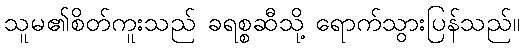
သူမ၏စိတ်ကူးသည် ခရစ္စဆီသို့ ရောက်သွားပြန်သည်။